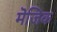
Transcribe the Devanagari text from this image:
मॆजिक